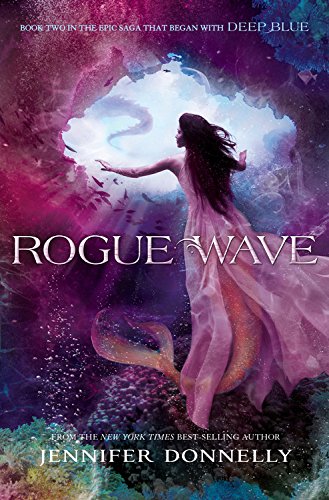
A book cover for Waterfire Saga, Book Two: Rogue Wave (A Waterfire Saga Novel); Jennifer Donnelly; Teen & Young Adult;